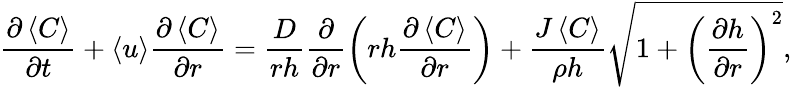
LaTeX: \frac{\partial\left\langle C\right\rangle}{\partial t}+\left\langle u\right\rangle\frac{\partial\left\langle C\right\rangle}{\partial r}=\frac{D}{rh}\frac{\partial}{\partial r}\left(rh\frac{\partial\left\langle C\right\rangle}{\partial r}\right)+\frac{J\left\langle C\right\rangle}{\rho h}\sqrt{1+\left(\frac{\partial h}{\partial r}\right)^{2}},